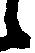
候